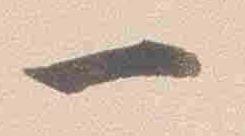
一